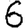
Digit: 6